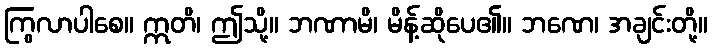
ကြွလာပါစေ။ ဣတိ၊ ဤသို့။ ဘဏာမိ၊ မိန့်ဆိုပေ၏။ ဘဏေ၊ အချင်းတို့။